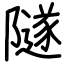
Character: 隧